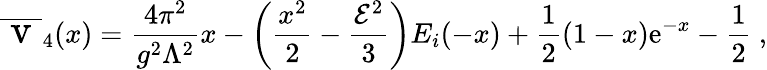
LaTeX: \overline{{{\mathrm{\Large~v~}}}}_{4}(x)={\frac{4\pi^{2}}{g^{2}\Lambda^{2}}}x-\left({\frac{x^{2}}{2}}-{\frac{{\cal E}^{2}}{3}}\right)E_{i}(-x)+{\frac{1}{2}}(1-x){\mathrm e}^{-x}-{\frac{1}{2}}\ ,